65_HS1-834228961_62-HQ-83894_Section_1
Agency: FBI
Page 23
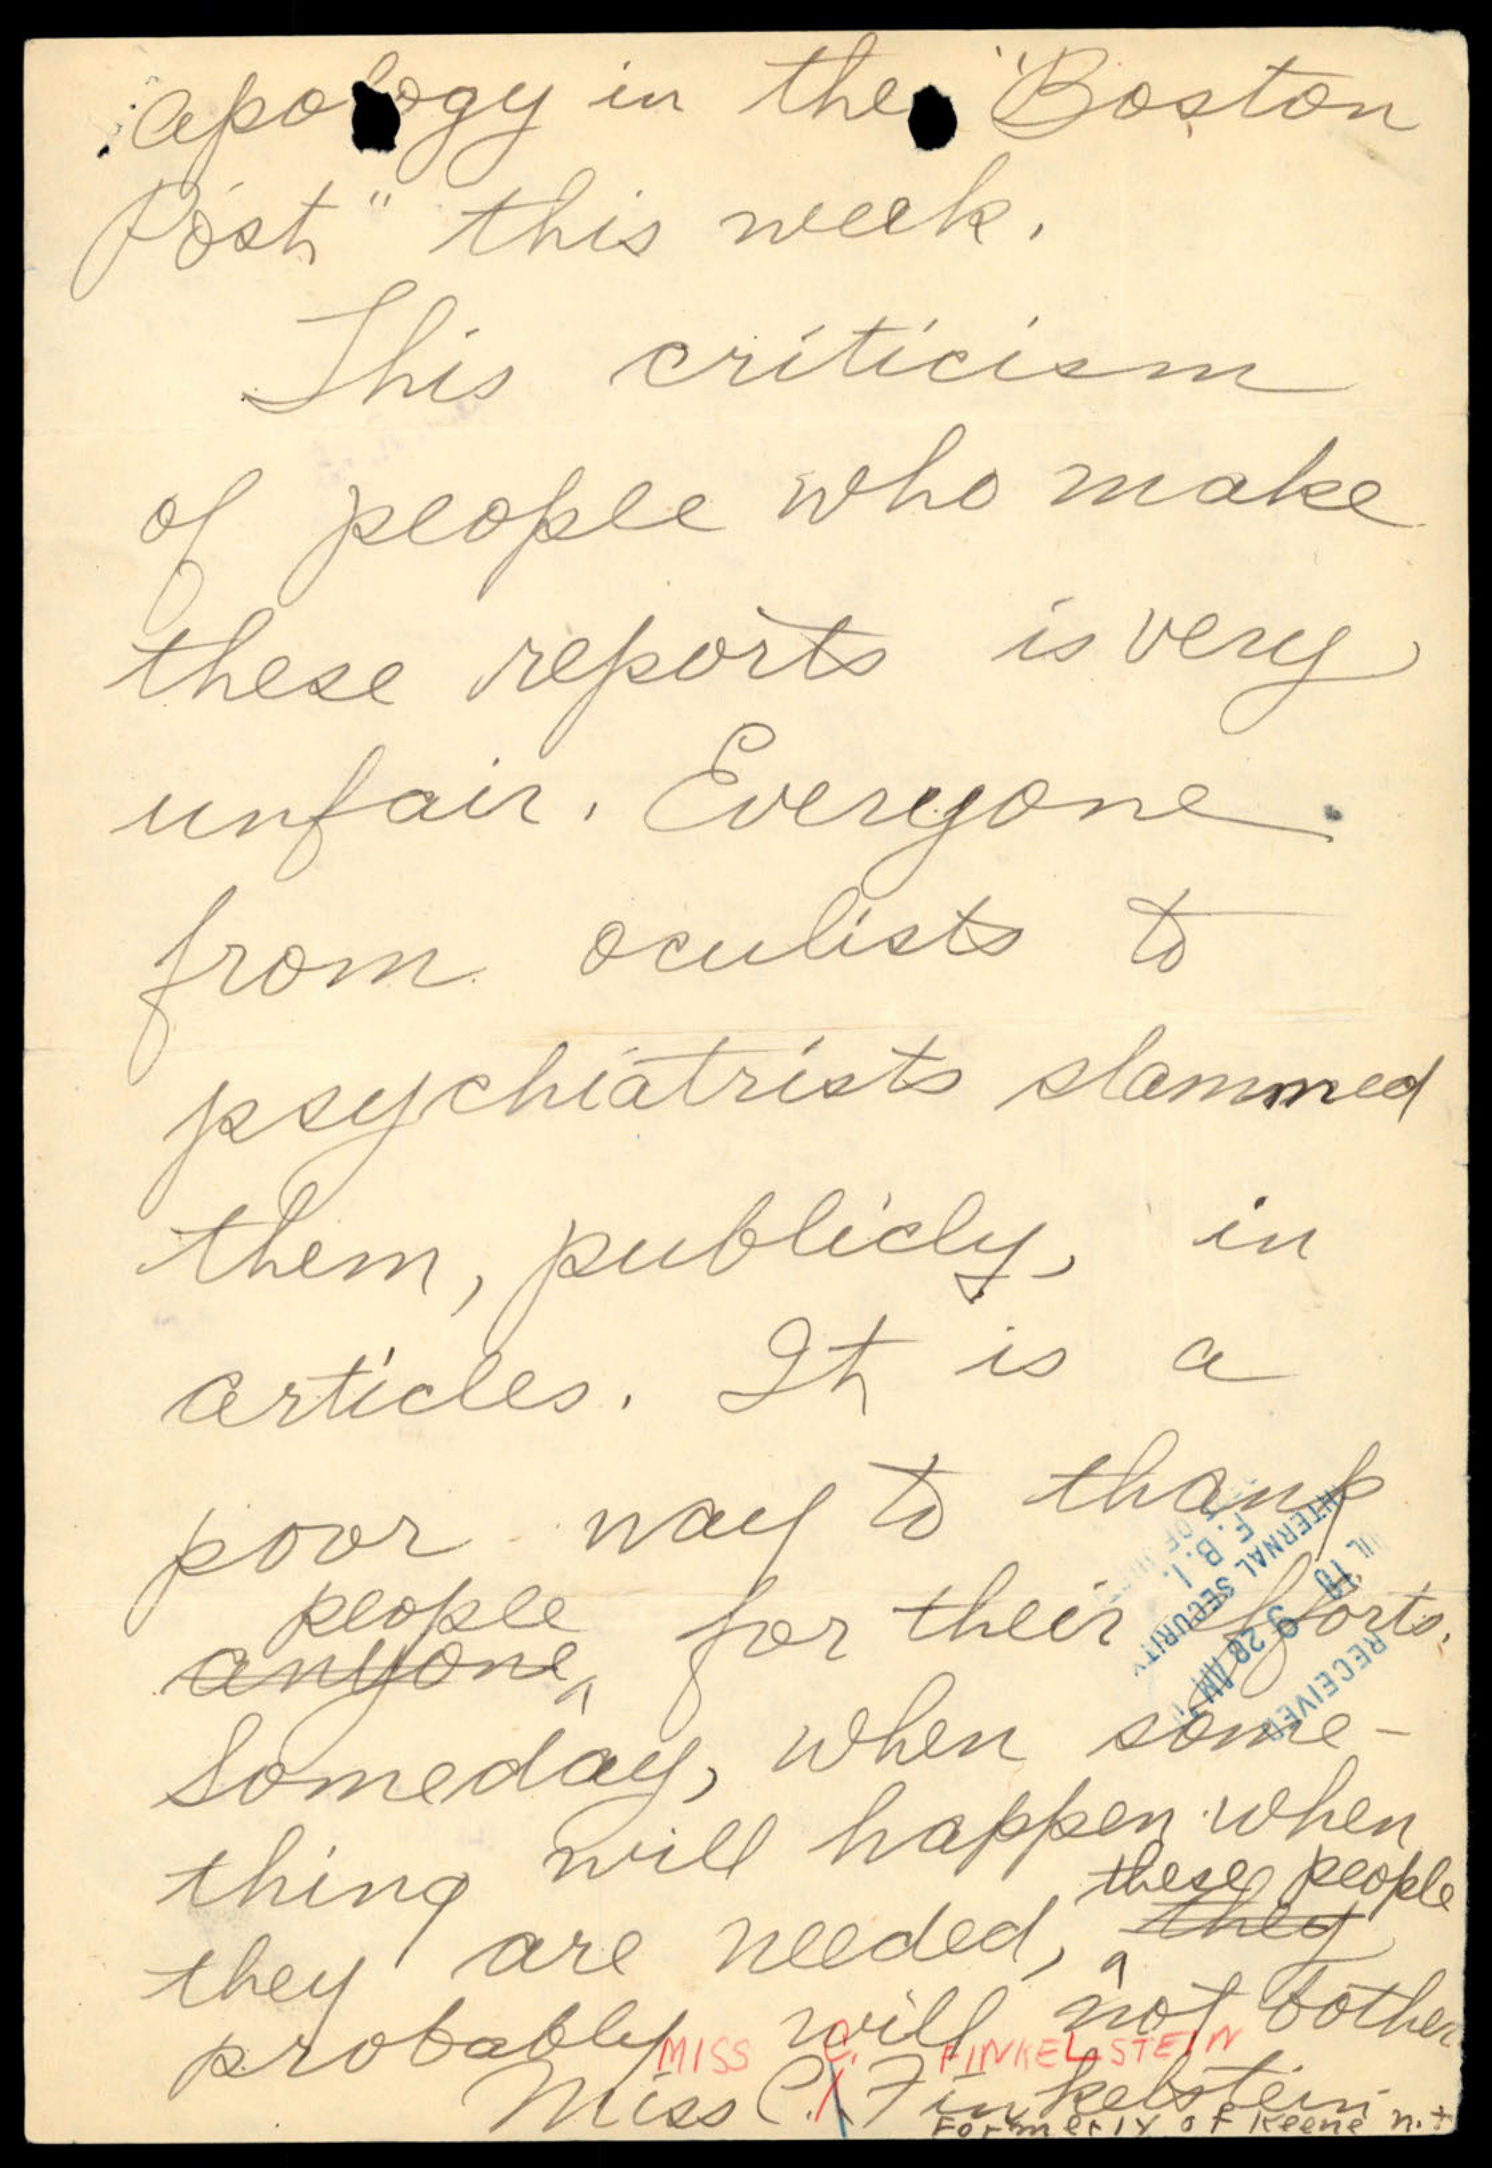